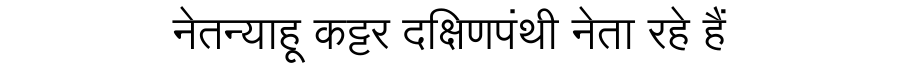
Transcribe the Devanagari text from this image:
नेतन्याहू कट्टर दक्षिणपंथी नेता रहे हैं